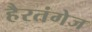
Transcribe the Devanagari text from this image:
हैरतंगेज